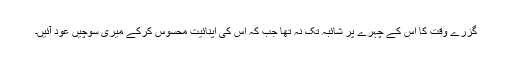
گزرے وقت کا اس کے چہرے پر شائبہ تک نہ تھا جب کہ اس کی اپنائیت محسوس کرکے میری سوچیں عود آئیں۔